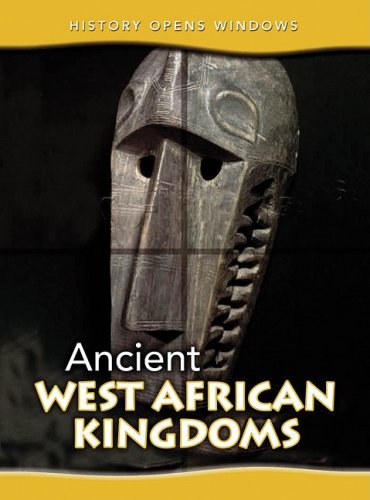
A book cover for Ancient West African Kingdoms (History Opens Windows); Jane Shuter; Children's Books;